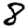
Digit: 8